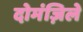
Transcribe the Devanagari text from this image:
दोमंज़िले